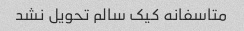
متاسفانه کیک سالم تحویل نشد